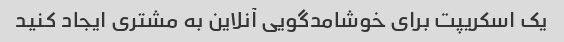
یک اسکریپت برای خوشامدگویی آنلاین به مشتری ایجاد کنید